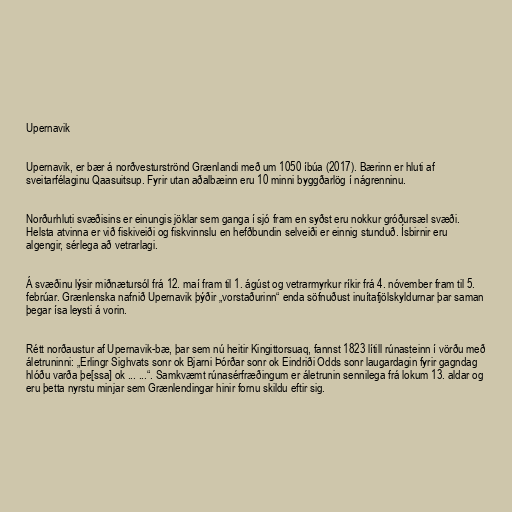
Upernavik

Upernavik, er bær á norðvesturströnd Grænlandi með um 1050 íbúa (2017). Bærinn er hluti af
sveitarfélaginu Qaasuitsup. Fyrir utan aðalbæinn eru 10 minni byggðarlög í nágrenninu.

Norðurhluti svæðisins er einungis jöklar sem ganga í sjó fram en syðst eru nokkur gróðursæl svæði.
Helsta atvinna er við fiskiveiði og fiskvinnslu en hefðbundin selveiði er einnig stunduð. Ísbirnir eru
algengir, sérlega að vetrarlagi.

Á svæðinu lýsir miðnætursól frá 12. maí fram til 1. ágúst og vetrarmyrkur ríkir frá 4. nóvember fram til 5.
febrúar. Grænlenska nafnið Upernavik þýðir „vorstaðurinn“ enda söfnuðust inuítafjölskyldurnar þar saman
þegar ísa leysti á vorin.

Rétt norðaustur af Upernavik-bæ, þar sem nú heitir Kingittorsuaq, fannst 1823 lítill rúnasteinn í vörðu með
áletruninni: „Erlingr Sighvats sonr ok Bjarni Þórðar sonr ok Eindriði Odds sonr laugardagin fyrir gagndag
hlóðu varða þe[ssa] ok ... ...“. Samkvæmt rúnasérfræðingum er áletrunin sennilega frá lokum 13. aldar og
eru þetta nyrstu minjar sem Grænlendingar hinir fornu skildu eftir sig.